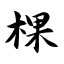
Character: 棵